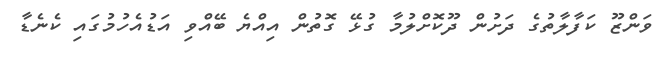
ވަންޒޫ ކަފާލާތުގެ ދަށުން ދޫކޮށްލުމާ ގުޅޭ ގޮތުން އިއްޔެ ބޭއްވި އަޑުއެހުމުގައި ކެނެޑާ